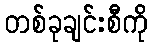
တစ်ခုချင်းစီကို